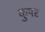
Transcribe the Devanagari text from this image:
कुपर